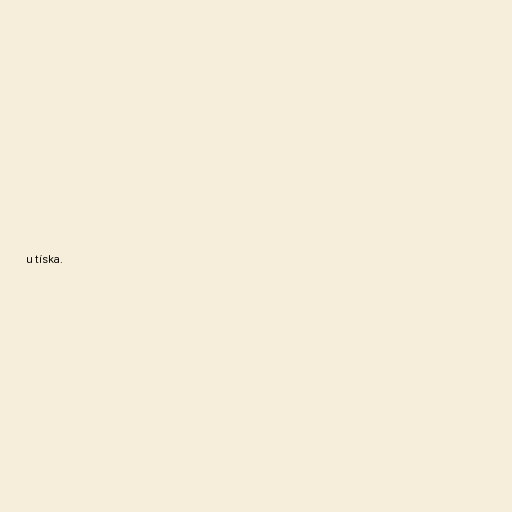
u tíska.